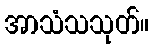
အာသံသသုတ်။